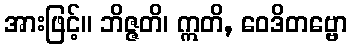
အားဖြင့်။ ဘိဇ္ဇတိ၊ ဣတိ, ဝေဒိတဗ္ဗော